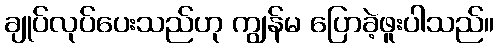
ချုပ်လုပ်ပေးသည်ဟု ကျွန်မ ပြောခဲ့ဖူးပါသည်။